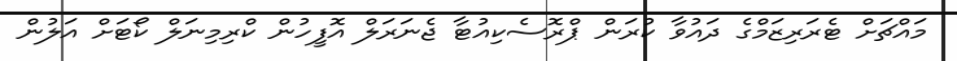
މައްޗަށް ޓެރަރިޒަމްގެ ދައުވާ ކުރަން ޕްރޮސެކިއުޓާ ޖެނަރަލް އޮފީހުން ކްރިމިނަލް ކޯޓަށް އަލުން